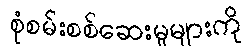
စုံစမ်းစစ်ဆေးမှုများကို